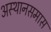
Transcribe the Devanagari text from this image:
अस्थानसमास